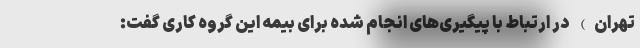
تهران) در ارتباط با پیگیری‌های انجام شده برای بیمه این گروه کاری گفت: